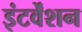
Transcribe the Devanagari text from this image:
इंटर्वेंशन